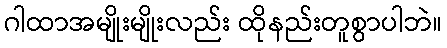
ဂါထာအမျိုးမျိုးလည်း ထိုနည်းတူစွာပါဘဲ။